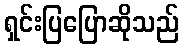
ရှင်းပြပြောဆိုသည်